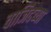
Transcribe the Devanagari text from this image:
वाजिदच्या